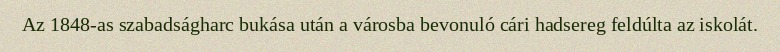
Az 1848-as szabadságharc bukása után a városba bevonuló cári hadsereg feldúlta az iskolát.